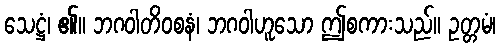
သေဋ္ဌံ၊ ၏။ ဘဂဝါတိဝစနံ၊ ဘဂဝါဟူသော ဤစကားသည်။ ဥတ္တမံ၊